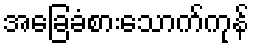
အခြေခံစားသောက်ကုန်